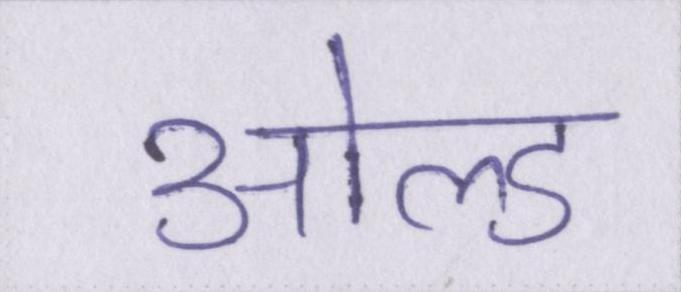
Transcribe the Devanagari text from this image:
ओल्ड